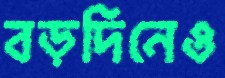
বড়দিনেও